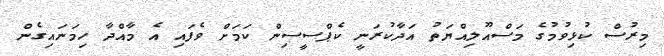
މިރުސް ކުޅިވުމުގެ މަސްއޫލިއްޔަތު އަދާކުރަނީ ކެޕްސީސިން ކަމަށް ވެފައި އެ މާއްދާ ހިމަނައިގެން